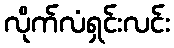
လိုက်လံရှင်းလင်း